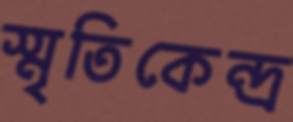
স্মৃতিকেন্দ্র